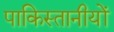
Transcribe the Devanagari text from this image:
पाकिस्तानीयों